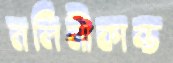
নলিনীকান্ত